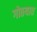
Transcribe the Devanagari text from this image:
गोठयात